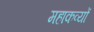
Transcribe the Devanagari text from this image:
महाकव्यों